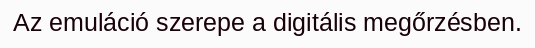
Az emuláció szerepe a digitális megőrzésben.